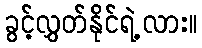
ခွင့်လွှတ်နိုင်ရဲ့လား။